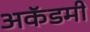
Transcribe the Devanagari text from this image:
अकॅडमी